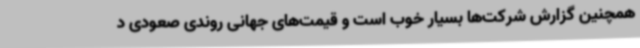
همچنین گزارش شرکت‌ها بسیار خوب است و قیمت‌های جهانی روندی صعودی د